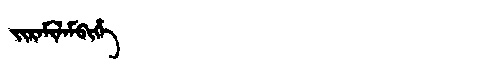
Manchu: ᠵᡳᡵᠠᠮᡳᠯᠠᠮᠪᡳᡥᡝ
Romanization: JIRAMILAMBIHE